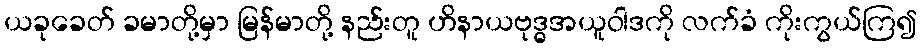
ယခုခေတ် ခမာတို့မှာ မြန်မာတို့ နည်းတူ ဟိနာယဗုဒ္ဓအယူဝါဒကို လက်ခံ ကိုးကွယ်ကြ၍